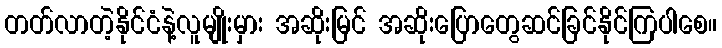
တတ်လာတဲ့နိုင်ငံနဲ့လူမျိုးမှား အဆိုးမြင် အဆိုးပြောတွေဆင်ခြင်နိုင်ကြပါစေ။